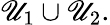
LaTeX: \mathscr{U}_{1}\cup\mathscr{U}_{2}.